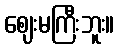
ဈေးမကြီးဘူး။